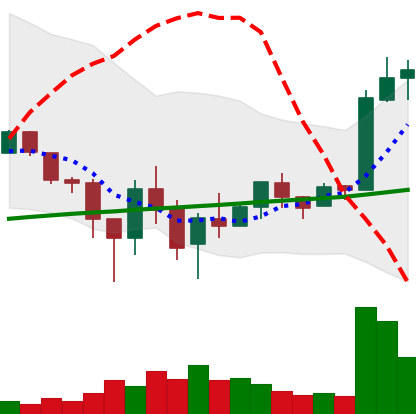
Ticker: LTC-USD
Chart end date: 2018-02-16
Forward return: -7.288%
Label: down_7plus